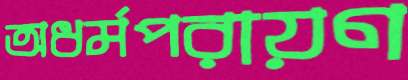
অধর্মপরায়ণ